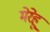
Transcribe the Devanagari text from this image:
मेरेहू